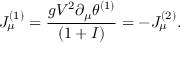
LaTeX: J _ { \mu } ^ { ( 1 ) } = { \frac { g V ^ { 2 } \partial _ { \mu } \theta ^ { ( 1 ) } } { ( 1 + I ) } } = - J _ { \mu } ^ { ( 2 ) } .